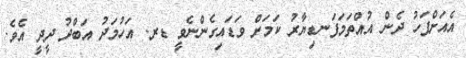
އެއަށްފަހު ދެން އުއްތަމަފަނޑިޔާރު ކަމަށް ވަޑައިގެންނެވީ ޑރ. އަހުމަދު އަބްދު ދީދީ އެވެ.